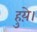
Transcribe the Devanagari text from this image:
हुय़े।